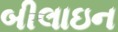
બીલાઇન